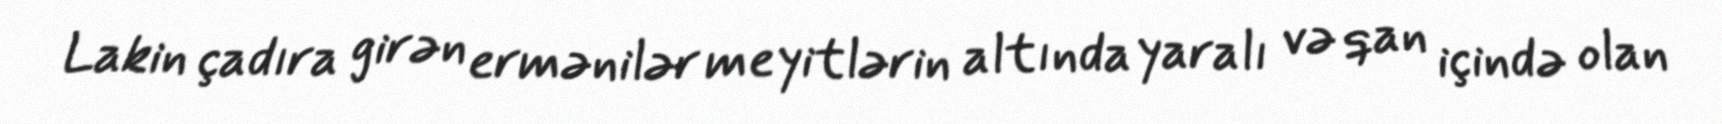
Lakin çadıra girən ermənilər meyitlərin altında yaralı və qan içində olan